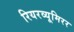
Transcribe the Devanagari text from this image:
रियरव्यूमिरर